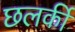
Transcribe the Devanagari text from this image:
छलकीं